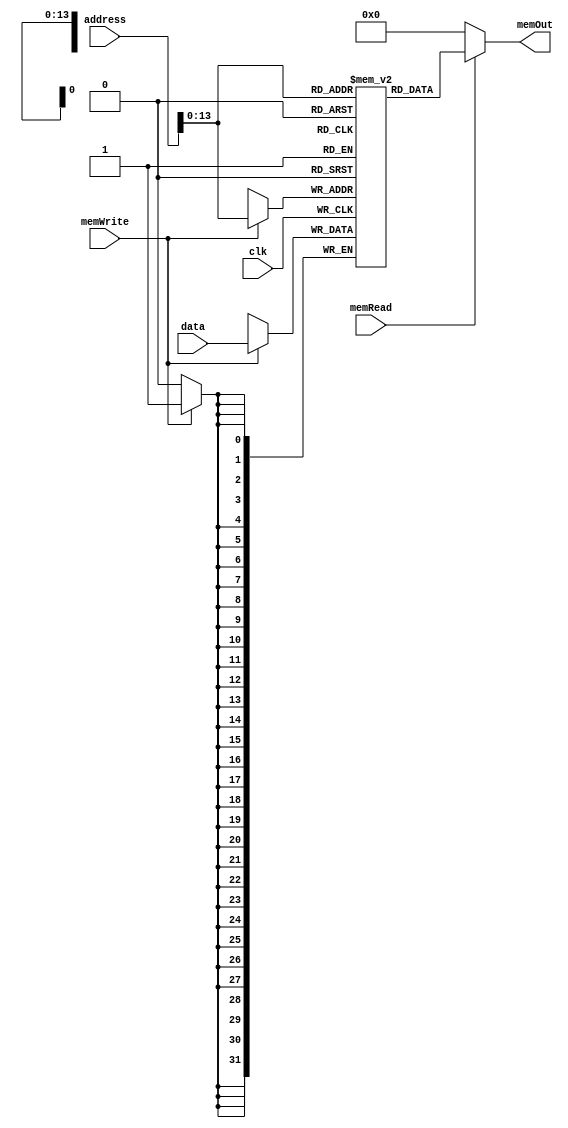
module DataMem(input clk, memRead, memWrite, input[31:0] address , data, output[31:0] memOut);
	reg [31:0] mem[16383:0];
	integer i;
	initial begin
		for (i = 0 ; i <= 16383 ; i = i + 1) mem[i] = 0;
		mem[1000] = 10;
		mem[1001] = 15;
		mem[1002] = 19;
		mem[1003] = 13;
		mem[1004] = 20;
		mem[1005] = 24;
		mem[1006] = 11;
		mem[1007] = 45;
		mem[1008] = 23;
		mem[1009] = 31;
	end

	assign memOut = (memRead)? mem[address[13:0]]: 0;
	always @(negedge clk) begin
		if (memWrite) mem[address[13:0]] = data;
	end
endmodule